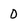
Character: 0